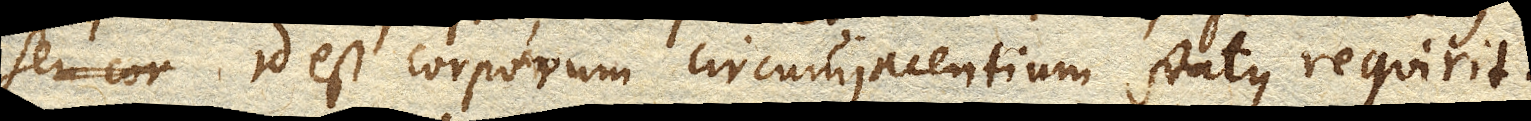
id est corporum circumjacentium status requiret.